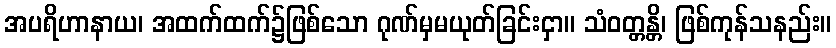
အပရိဟာနာယ၊ အထက်ထက်၌ဖြစ်သော ဂုဏ်မှမယုတ်ခြင်းငှာ။ သံဝတ္တန္တိ၊ ဖြစ်ကုန်သနည်း။